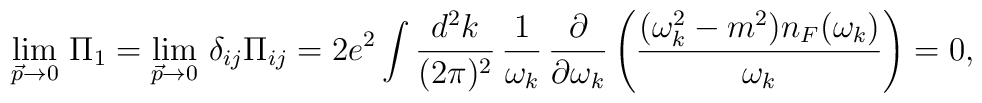
\lim_{\vec{p}\rightarrow 0}\,\Pi_{1} = \lim_{\vec{p}\rightarrow0}\,\delta_{ij} \Pi_{ij} = 2e^{2} \int {d^{2}k\over(2\pi)^{2}}\,{1\over \omega_{k}}\,{\partial\over\partial\omega_{k}}\left({(\omega_{k}^{2}-m^{2})n_{F}(\omega_{k})\over\omega_{k}}\right) = 0,